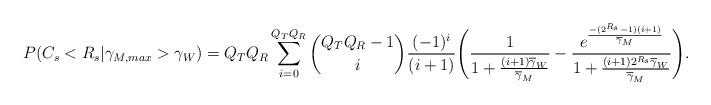
LaTeX: \begin{align*}P(C_{s}<R_{s} | \gamma_{M, max}>\gamma_{W}) = Q_{T}Q_{R} \sum_{i=0}^{Q_{T}Q_{R}} \binom{Q_{T}Q_{R}-1}{i} \frac{(-1)^i}{(i+1)} \Bigg( \frac{1}{1+\frac{(i+1)\overline{\gamma}_{W}}{\overline{\gamma}_{M}}} - \frac{e^{\frac{-(2^{R_{s}}-1)(i+1)}{\overline{\gamma}_{M}}}}{1+\frac{(i+1) 2^{R_{s}}\overline{\gamma}_{W}}{\overline{\gamma}_{M}}}\Bigg).\end{align*}